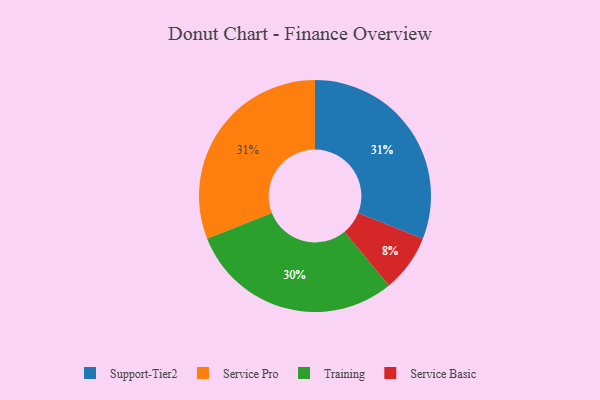
{"axis": {"x": "Category", "y": "Percentage"}, "legend": ["Service Basic", "Service Pro", "Support-Tier2", "Training"], "data": [{"x": "Training", "y": 30, "type": "Training"}, {"x": "Service Basic", "y": 8, "type": "Service Basic"}, {"x": "Support-Tier2", "y": 31, "type": "Support-Tier2"}, {"x": "Service Pro", "y": 31, "type": "Service Pro"}]}